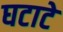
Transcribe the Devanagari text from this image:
घटाटे